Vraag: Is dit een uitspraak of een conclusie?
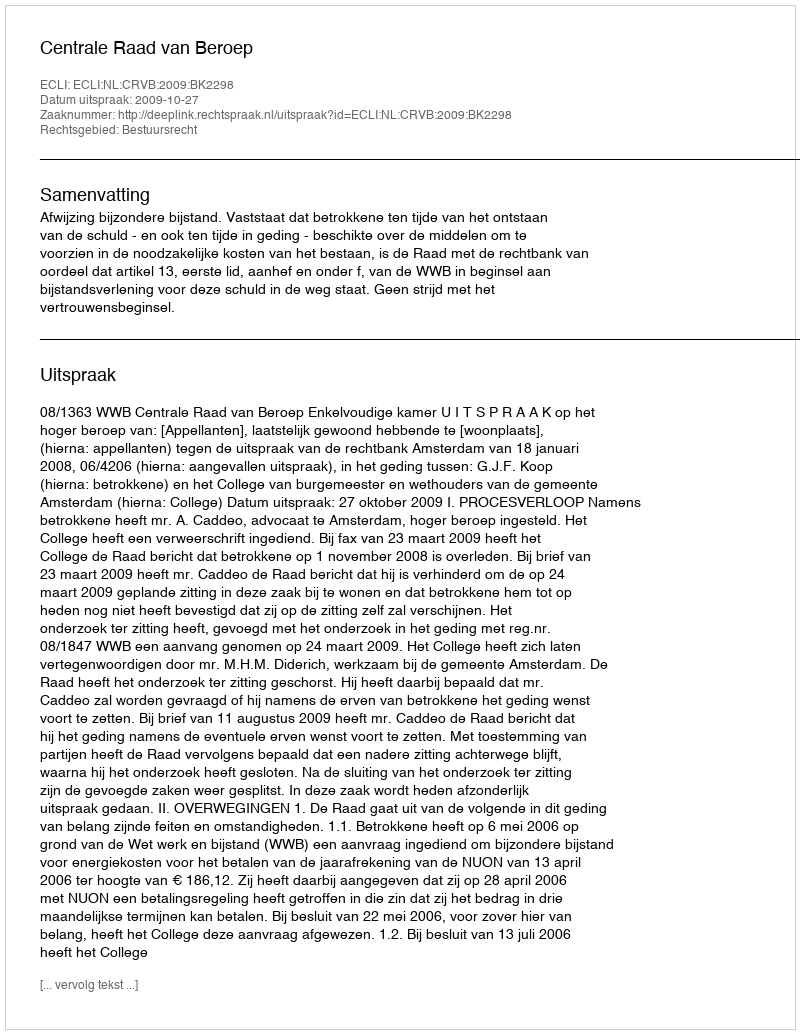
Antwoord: Uitspraak